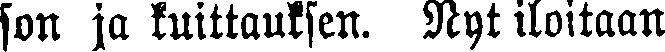
son ja kuittauksen. Nyt iloitaan